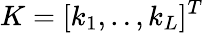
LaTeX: K=[k_{1},..,k_{L}]^{T}